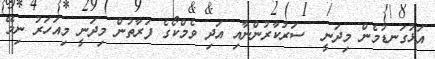
އަޅުގަނޑުމެން މިދަނީ  ސަރުކާރުންނާއި އަދި ވެމްކޯގެ ފަރާތުން މިދަނީ މިއަހަރު ނިމޭ